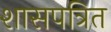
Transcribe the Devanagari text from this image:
शासपत्रित